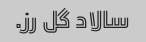
سالاد گل رز.